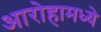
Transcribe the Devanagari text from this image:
आरोहामध्ये